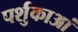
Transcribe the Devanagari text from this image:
पर्शुकाआं